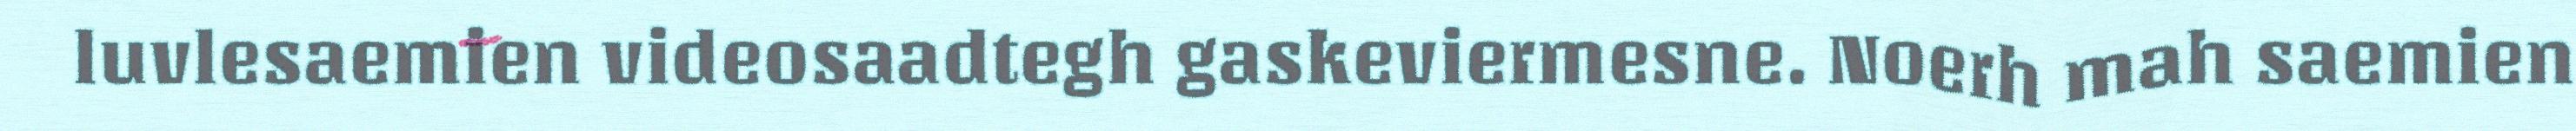
luvlesaemien videosaadtegh gaskeviermesne. Noerh mah saemien